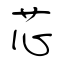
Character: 芯